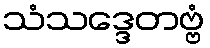
သံသဒ္ဒေတဗ္ဗံ